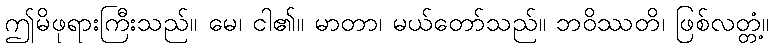
ဤမိဖုရားကြီးသည်။ မေ၊ ငါ၏။ မာတာ၊ မယ်တော်သည်။ ဘဝိဿတိ၊ ဖြစ်လတ္တံ့။